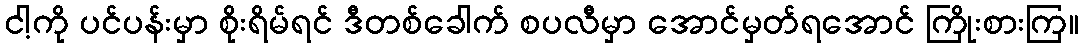
ငါ့ကို ပင်ပန်းမှာ စိုးရိမ်ရင် ဒီတစ်ခေါက် စပလီမှာ အောင်မှတ်ရအောင် ကြိုးစားကြ။